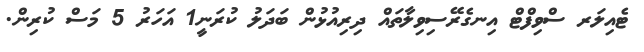
ޓެއިލަރ ސްވިފްޓް އިނގެރޭސިވިލާތައް ދިރިއުޅުން ބަދަލު ކުރަނީ1 އަހަރު 5 މަސް ކުރިން.